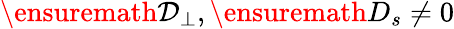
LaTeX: \ensuremath{\mathcal{D}_{\perp}},\ensuremath{D_{s}}\ne 0